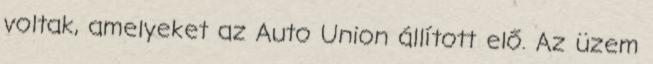
voltak, amelyeket az Auto Union állított elő. Az üzem